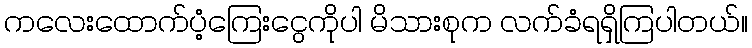
ကလေးထောက်ပံ့ကြေးငွေကိုပါ မိသားစုက လက်ခံရရှိကြပါတယ်။